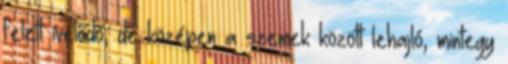
felett ívelődő, de középen a szemek között lehajló, mintegy